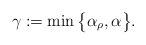
\begin{align*}\gamma:=\min\,\bigl\{\alpha_\rho,\alpha\bigr\}.\end{align*}